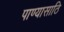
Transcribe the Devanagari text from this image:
पाण्यासाठि